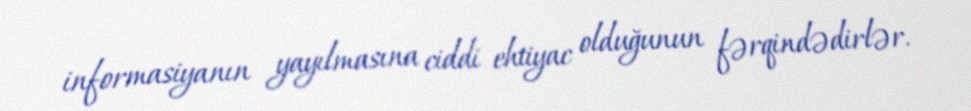
informasiyanın yayılmasına ciddi ehtiyac olduğunun fərqindədirlər.